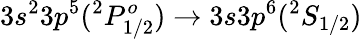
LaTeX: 3s^{2}3p^{5}(^{2}P_{1/2}^{o})\rightarrow 3s3p^{6}(^{2}S_{1/2})